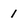
Character: 1